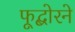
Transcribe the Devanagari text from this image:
फूद्बोरने